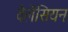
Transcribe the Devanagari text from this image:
वेलेंसियन